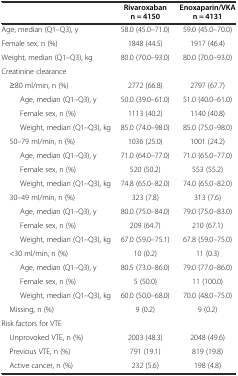
<table><thead><tr><td></td><td><b>Rivaroxaban n = 4150</b></td><td><b>Enoxaparin/VKA n = 4131</b></td></tr></thead><tbody><tr><td>Age, median (Q1–Q3), y</td><td>58.0 (45.0–71.0)</td><td>59.0 (45.0–70.0)</td></tr><tr><td>Female sex, n (%)</td><td>1848 (44.5)</td><td>1917 (46.4)</td></tr><tr><td>Weight, median (Q1–Q3), kg</td><td>80.0 (70.0–93.0)</td><td>80.0 (70.0–93.0)</td></tr><tr><td>Creatinine clearance</td><td></td><td></td></tr><tr><td> ≥80 ml/min, n (%)</td><td>2772 (66.8)</td><td>2797 (67.7)</td></tr><tr><td>Age, median (Q1–Q3), y</td><td>50.0 (39.0–61.0)</td><td>51.0 (40.0–61.0)</td></tr><tr><td>Female sex, n (%)</td><td>1113 (40.2)</td><td>1140 (40.8)</td></tr><tr><td>Weight, median (Q1–Q3), kg</td><td>85.0 (74.0–98.0)</td><td>85.0 (75.0–98.0)</td></tr><tr><td> 50–79 ml/min, n (%)</td><td>1036 (25.0)</td><td>1001 (24.2)</td></tr><tr><td>Age, median (Q1–Q3), y</td><td>71.0 (64.0–77.0)</td><td>71.0 (65.0–77.0)</td></tr><tr><td>Female sex, n (%)</td><td>520 (50.2)</td><td>553 (55.2)</td></tr><tr><td>Weight, median (Q1–Q3), kg</td><td>74.8 (65.0–82.0)</td><td>74.0 (65.0–82.0)</td></tr><tr><td> 30–49 ml/min, n (%)</td><td>323 (7.8)</td><td>313 (7.6)</td></tr><tr><td>Age, median (Q1–Q3), y</td><td>80.0 (75.0–84.0)</td><td>79.0 (75.0–83.0)</td></tr><tr><td>Female sex, n (%)</td><td>209 (64.7)</td><td>210 (67.1)</td></tr><tr><td>Weight, median (Q1–Q3), kg</td><td>67.0 (59.0–75.1)</td><td>67.8 (59.0–75.0)</td></tr><tr><td> &lt;30 ml/min, n (%)</td><td>10 (0.2)</td><td>11 (0.3)</td></tr><tr><td>Age, median (Q1–Q3), y</td><td>80.5 (73.0–86.0)</td><td>79.0 (77.0–86.0)</td></tr><tr><td>Female sex, n (%)</td><td>5 (50.0)</td><td>11 (100.0)</td></tr><tr><td>Weight, median (Q1–Q3), kg</td><td>60.0 (50.0–68.0)</td><td>70.0 (48.0–75.0)</td></tr><tr><td> Missing, n (%)</td><td>9 (0.2)</td><td>9 (0.2)</td></tr><tr><td>Risk factors for VTE</td><td></td><td></td></tr><tr><td> Unprovoked VTE, n (%)</td><td>2003 (48.3)</td><td>2048 (49.6)</td></tr><tr><td> Previous VTE, n (%)</td><td>791 (19.1)</td><td>819 (19.8)</td></tr><tr><td> Active cancer, n (%)</td><td>232 (5.6)</td><td>198 (4.8)</td></tr></tbody></table>